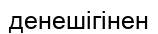
денешігінен